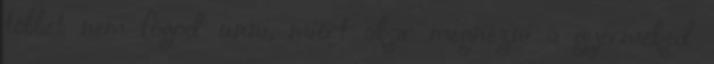
többet nem fogod unni, miért akar megnézni a gyermeked